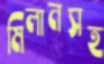
মিলানসহ